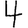
Digit: 4